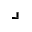
\lrcorner